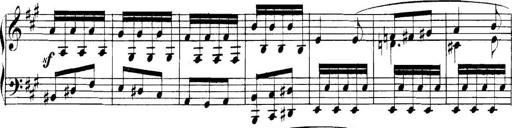
Title: Collected Piano Sonatas
Composer: Muzio Clementi